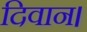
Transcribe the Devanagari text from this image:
दिवान।